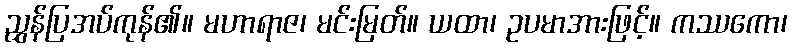
ညွှန်ပြအပ်ကုန်၏။ မဟာရာဇ၊ မင်းမြတ်။ ယထာ၊ ဥပမာအားဖြင့်။ ကဿကော၊